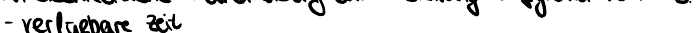
- verfügbare Zeit